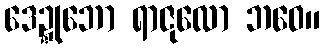
ဒေဍ္ဍုဘော ရာဇုလော ဘဝေ။